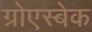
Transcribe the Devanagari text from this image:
ग्रोएस्बेक